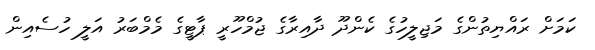
ކަމަށް ރައްޔިތުންގެ މަޖިލީހުގެ ކެންދޫ ދާއިރާގެ ޖުމްހޫރީ ޕާޓީގެ މެމްބަރު އަލީ ހުސެއިން